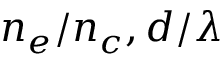
n _ { e } / n _ { c } , d / \lambda